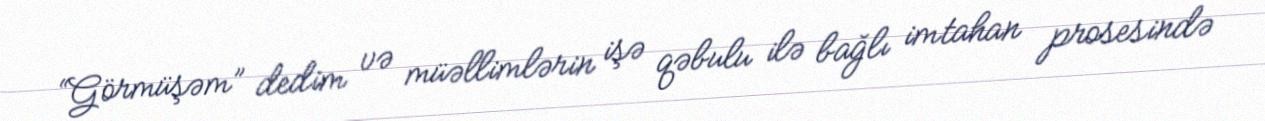
“Görmüşəm” dedim və müəllimlərin işə qəbulu ilə bağlı imtahan prosesində